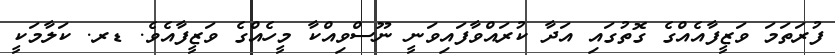
ފުރަތަމަ ވަޒީފާއެއްގެ ގޮތުގައި އަދާ ކުރައްވާފައިވަނީ ނޫސްވިއްކާ މީހެއްގެ ވަޒީފާއެވެ. ޑރ. ކަލާމަކީ